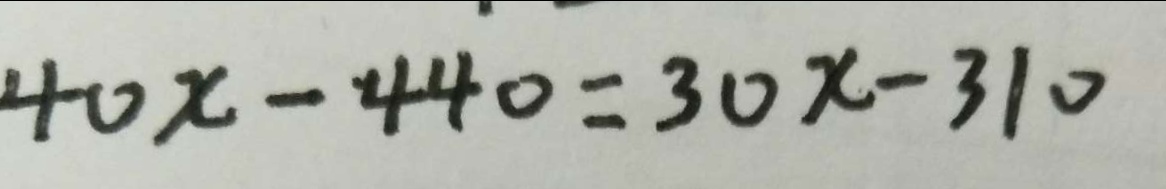
4 0 x - 4 4 0 = 3 0 x - 3 1 0